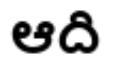
ఆది